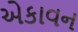
એકાવન